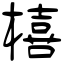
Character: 橲